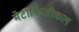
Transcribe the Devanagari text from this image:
मेटाफिजीकल